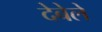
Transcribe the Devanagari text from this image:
देबेले